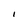
Character: 1